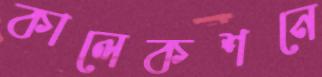
কালেকশনে